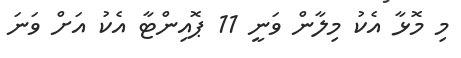
މި މޮޅާ އެކު މިލާން ވަނީ 11 ޕޮއިންޓާ އެކު އަށް ވަނަ